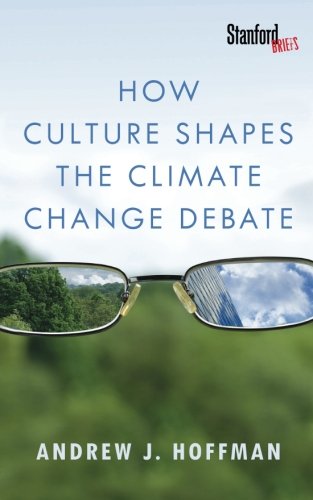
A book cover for How Culture Shapes the Climate Change Debate; Andrew Hoffman; Science & Math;